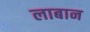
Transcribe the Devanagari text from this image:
लाबान